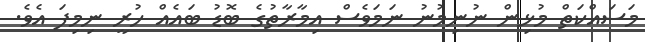
މަސައްކަތް މުޅިން ނުނިމުނު ނަމަވެސް އިމާރާތުގެ ބޮޑު ބައެއް ހުރީ ނިމިފަ އެވެ.